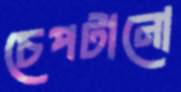
চেপটানো